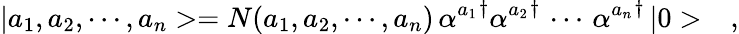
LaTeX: |a_{1},a_{2},\cdots,a_{n}>=N(a_{1},a_{2},\cdots,a_{n})\, {\alpha^{a_{1}}}^{\dagger}{\alpha^{a_{2}}}^{\dagger}\, \cdots\, {\alpha^{a_{n}}}^{\dagger}\, |0>\ \ \ ,